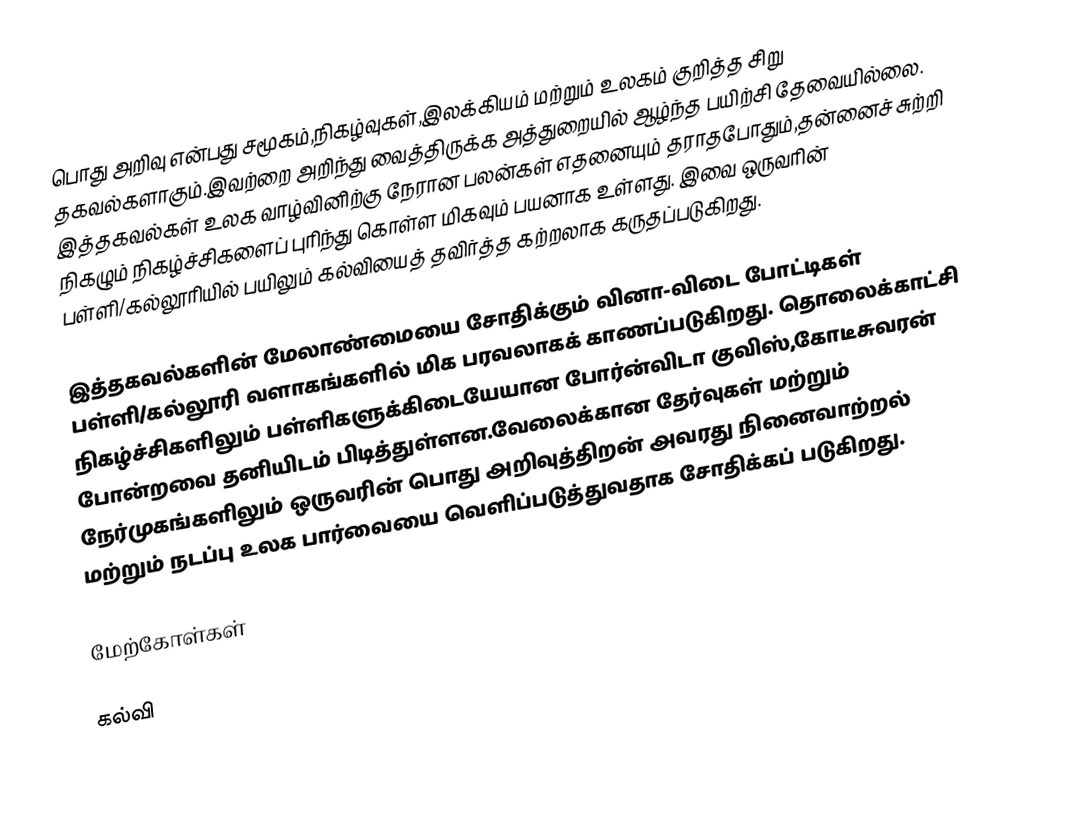
பொது அறிவு என்பது சமூகம்,நிகழ்வுகள்,இலக்கியம் மற்றும் உலகம் குறித்த சிறு தகவல்களாகும்.இவற்றை அறிந்து வைத்திருக்க அத்துறையில் ஆழ்ந்த பயிற்சி தேவையில்லை. இத்தகவல்கள் உலக வாழ்வினிற்கு நேரான பலன்கள் எதனையும் தராதபோதும்,தன்னைச் சுற்றி நிகழும் நிகழ்ச்சிகளைப் புரிந்து கொள்ள மிகவும் பயனாக உள்ளது. இவை ஒருவரின் பள்ளி/கல்லூரியில் பயிலும் கல்வியைத் தவிர்த்த கற்றலாக கருதப்படுகிறது.

இத்தகவல்களின் மேலாண்மையை சோதிக்கும் வினா-விடை போட்டிகள் பள்ளி/கல்லூரி வளாகங்களில் மிக பரவலாகக் காணப்படுகிறது. தொலைக்காட்சி நிகழ்ச்சிகளிலும் பள்ளிகளுக்கிடையேயான போர்ன்விடா குவிஸ்,கோடீசுவரன் போன்றவை தனியிடம் பிடித்துள்ளன.வேலைக்கான தேர்வுகள் மற்றும் நேர்முகங்களிலும் ஒருவரின் பொது அறிவுத்திறன் அவரது நினைவாற்றல் மற்றும் நடப்பு உலக பார்வையை வெளிப்படுத்துவதாக சோதிக்கப் படுகிறது.

மேற்கோள்கள்

கல்வி